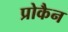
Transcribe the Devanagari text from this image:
प्रोकैन